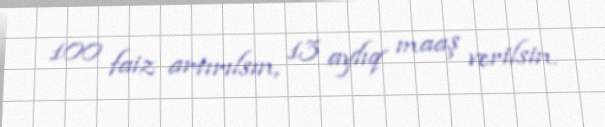
100 faiz artırılsın, 13 aylıq maaş verilsin.